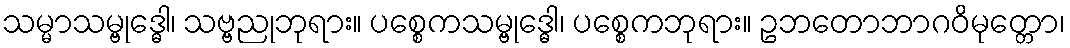
သမ္မာသမ္ဗုဒ္ဓေါ၊ သဗ္ဗညုဘုရား။ ပစ္စေကသမ္ဗုဒ္ဓေါ၊ ပစ္စေကဘုရား။ ဥဘတောဘာဂဝိမုတ္တော၊